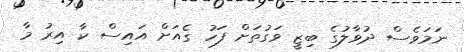
ނަމަވެސް ދުވާލުގެ ބިޒީ ވަގުތަށް ފަހު ގެއަށް އައިސް ކާ އިރު މާ